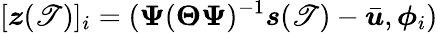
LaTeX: [\boldsymbol{z}(\mathscr{T})]_{i}=(\boldsymbol{\Psi}(\boldsymbol{\Theta}\boldsymbol{\Psi})^{-1}\boldsymbol{s}(\mathscr{T})-\bar{{\boldsymbol{u}}},\boldsymbol{\phi}_{i})